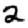
Digit: 2